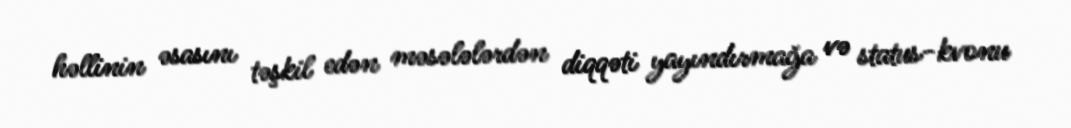
həllinin əsasını təşkil edən məsələlərdən diqqəti yayındırmağa və status-kvonu